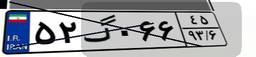
۵۲گ۰۶۶۴۵